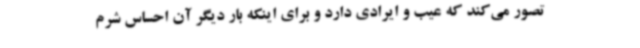
تصور می‌کند که عیب و ایرادی دارد و برای اینکه بار دیگر آن احساس شرم